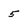
Character: 5